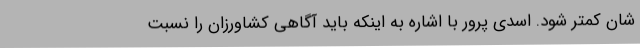
شان کمتر شود. اسدی پرور با اشاره به اینکه باید آگاهی کشاورزان را نسبت